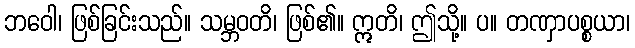
ဘဝေါ၊ ဖြစ်ခြင်းသည်။ သမ္ဘဝတိ၊ ဖြစ်၏။ ဣတိ၊ ဤသို့။ ပ။ တဏှာပစ္စယာ၊